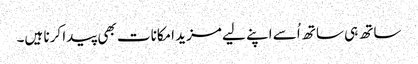
ساتھ ہی ساتھ اُسے اپنے لیے مزید امکانات بھی پیدا کرنا ہیں۔